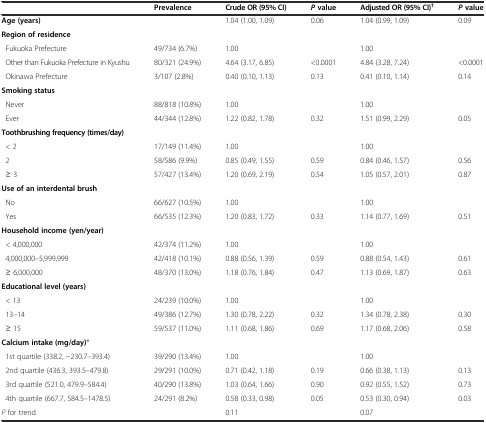
<table><thead><tr><td></td><td><b>Prevalence</b></td><td><b>Crude OR (95% CI)</b></td><td><b><i>P</i>value</b></td><td><b>Adjusted OR (95% CI)<sup>†</sup></b></td><td><b><i>P</i>value</b></td></tr></thead><tbody><tr><td><b>Age (years)</b></td><td></td><td>1.04 (1.00, 1.09)</td><td>0.06</td><td>1.04 (0.99, 1.09)</td><td>0.09</td></tr><tr><td><b>Region of residence</b></td><td></td><td></td><td></td><td></td><td></td></tr><tr><td> Fukuoka Prefecture</td><td>49/734 (6.7%)</td><td>1.00</td><td></td><td>1.00</td><td></td></tr><tr><td> Other than Fukuoka Prefecture in Kyushu</td><td>80/321 (24.9%)</td><td>4.64 (3.17, 6.85)</td><td>&lt;0.0001</td><td>4.84 (3.28, 7.24)</td><td>&lt;0.0001</td></tr><tr><td> Okinawa Prefecture</td><td>3/107 (2.8%)</td><td>0.40 (0.10, 1.13)</td><td>0.13</td><td>0.41 (0.10, 1.14)</td><td>0.14</td></tr><tr><td><b>Smoking status</b></td><td></td><td></td><td></td><td></td><td></td></tr><tr><td> Never</td><td>88/818 (10.8%)</td><td>1.00</td><td></td><td>1.00</td><td></td></tr><tr><td> Ever</td><td>44/344 (12.8%)</td><td>1.22 (0.82, 1.78)</td><td>0.32</td><td>1.51 (0.99, 2.29)</td><td>0.05</td></tr><tr><td><b>Toothbrushing frequency (times/day)</b></td><td></td><td></td><td></td><td></td><td></td></tr><tr><td> &lt; 2</td><td>17/149 (11.4%)</td><td>1.00</td><td></td><td>1.00</td><td></td></tr><tr><td> 2</td><td>58/586 (9.9%)</td><td>0.85 (0.49, 1.55)</td><td>0.59</td><td>0.84 (0.46, 1.57)</td><td>0.56</td></tr><tr><td> ≥ 3</td><td>57/427 (13.4%)</td><td>1.20 (0.69, 2.19)</td><td>0.54</td><td>1.05 (0.57, 2.01)</td><td>0.87</td></tr><tr><td><b>Use of an interdental brush</b></td><td></td><td></td><td></td><td></td><td></td></tr><tr><td> No</td><td>66/627 (10.5%)</td><td>1.00</td><td></td><td>1.00</td><td></td></tr><tr><td> Yes</td><td>66/535 (12.3%)</td><td>1.20 (0.83, 1.72)</td><td>0.33</td><td>1.14 (0.77, 1.69)</td><td>0.51</td></tr><tr><td><b>Household income (yen/year)</b></td><td></td><td></td><td></td><td></td><td></td></tr><tr><td> &lt; 4,000,000</td><td>42/374 (11.2%)</td><td>1.00</td><td></td><td>1.00</td><td></td></tr><tr><td> 4,000,000–5,999,999</td><td>42/418 (10.1%)</td><td>0.88 (0.56, 1.39)</td><td>0.59</td><td>0.88 (0.54, 1.43)</td><td>0.61</td></tr><tr><td> ≥ 6,000,000</td><td>48/370 (13.0%)</td><td>1.18 (0.76, 1.84)</td><td>0.47</td><td>1.13 (0.69, 1.87)</td><td>0.63</td></tr><tr><td><b>Educational level (years)</b></td><td></td><td></td><td></td><td></td><td></td></tr><tr><td> &lt; 13</td><td>24/239 (10.0%)</td><td>1.00</td><td></td><td>1.00</td><td></td></tr><tr><td> 13–14</td><td>49/386 (12.7%)</td><td>1.30 (0.78, 2.22)</td><td>0.32</td><td>1.34 (0.78, 2.38)</td><td>0.30</td></tr><tr><td> ≥ 15</td><td>59/537 (11.0%)</td><td>1.11 (0.68, 1.86)</td><td>0.69</td><td>1.17 (0.68, 2.06)</td><td>0.58</td></tr><tr><td><b>Calcium intake (mg/day)</b>*</td><td></td><td></td><td></td><td></td><td></td></tr><tr><td> 1st quartile (338.2, -230.7–393.4)</td><td>39/290 (13.4%)</td><td>1.00</td><td></td><td>1.00</td><td></td></tr><tr><td> 2nd quartile (436.3, 393.5–479.8)</td><td>29/291 (10.0%)</td><td>0.71 (0.42, 1.18)</td><td>0.19</td><td>0.66 (0.38, 1.13)</td><td>0.13</td></tr><tr><td> 3rd quartile (521.0, 479.9–584.4)</td><td>40/290 (13.8%)</td><td>1.03 (0.64, 1.66)</td><td>0.90</td><td>0.92 (0.55, 1.52)</td><td>0.73</td></tr><tr><td> 4th quartile (667.7, 584.5–1478.5)</td><td>24/291 (8.2%)</td><td>0.58 (0.33, 0.98)</td><td>0.05</td><td>0.53 (0.30, 0.94)</td><td>0.03</td></tr><tr><td><i>P</i> for trend</td><td></td><td>0.11</td><td></td><td>0.07</td><td></td></tr></tbody></table>